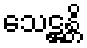
သေဋ္ဌန္တိ